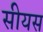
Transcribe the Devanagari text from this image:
सीयस